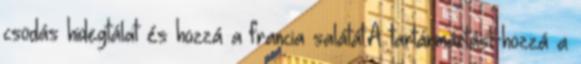
csodás hidegtálat és hozzá a francia salátát.A tartármártást-hozzá a